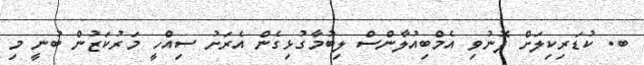
ބ. ކުޑަރިކިލަށް ފޮނުވި އެމްބިއުލާންސް ލިބުމާގުޅިގެން އެރަށު ސިއްހީ މަރުކަޒުން ބުނީ މި